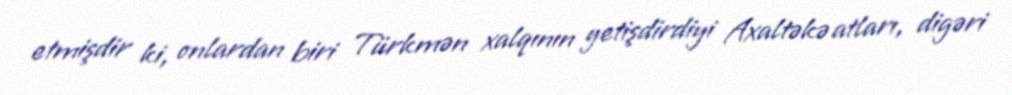
etmişdir ki, onlardan biri Türkmən xalqının yetişdirdiyi Axaltəkə atları, digəri